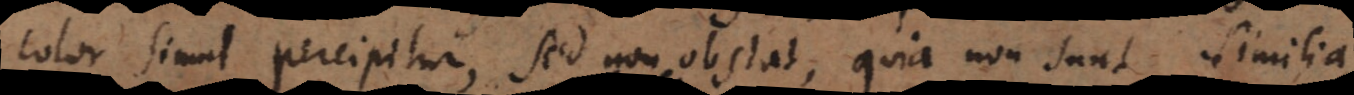
color simul percipitur, sed non obstat, quia non sunt simili